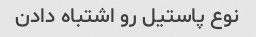
نوع پاستیل رو اشتباه دادن